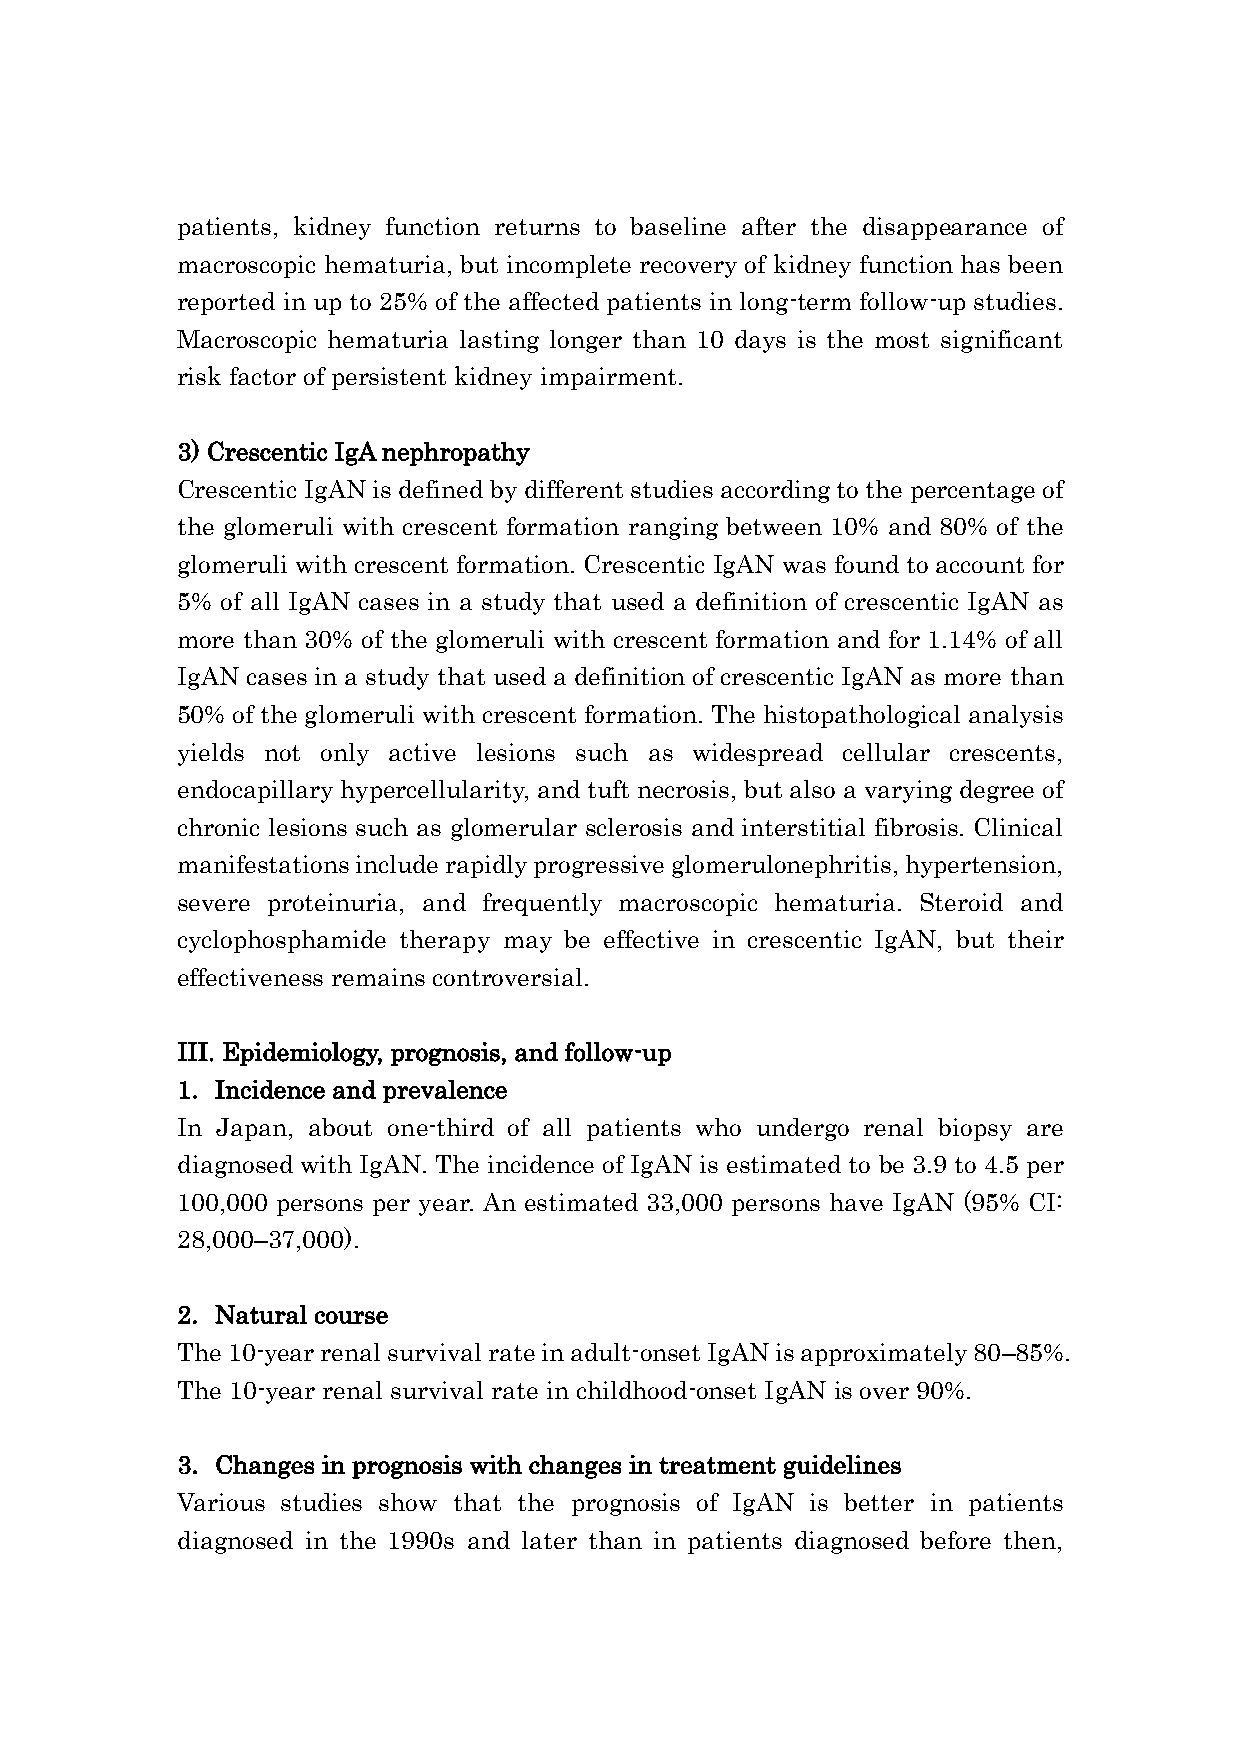
patients, kidney function returns to baseline after the disappearance of
 macroscopic hematuria, but incomplete recovery of kidney function has been
 reported in up to 25% of the affected patients in long-term follow-up studies.
 Macroscopic hematuria lasting longer than 10 days is the most significant
 risk factor of persistent kidney impairment.
 3) Crescentic IgA nephropathy
 Crescentic IgAN is defined by different studies according to the percentage of
 the glomeruli with crescent formation ranging between 10% and 80% of the
 glomeruli with crescent formation. Crescentic IgAN was found to account for
 5% of all IgAN cases in a study that used a definition of crescentic IgAN as
 more than 30% of the glomeruli with crescent formation and for 1.14% of all
 IgAN cases in a study that used a definition of crescentic IgAN as more than
 50% of the glomeruli with crescent formation. The histopathological analysis
 yields not only active lesions such as widespread cellular crescents,
 endocapillary hypercellularity, and tuft necrosis, but also a varying degree of
 chronic lesions such as glomerular sclerosis and interstitial fibrosis. Clinical
 manifestations include rapidly progressive glomerulonephritis, hypertension,
 severe proteinuria, and frequently macroscopic hematuria. Steroid and
 cyclophosphamide therapy may be effective in crescentic IgAN, but their
 effectiveness remains controversial.
 III. Epidemiology, prognosis, and follow-up
 1. Incidence and prevalence
 In Japan, about one-third of all patients who undergo renal biopsy are
 diagnosed with IgAN. The incidence of IgAN is estimated to be 3.9 to 4.5 per
 100,000 persons per year. An estimated 33,000 persons have IgAN (95% CI:
 28,000–37,000).
 2. Natural course
 The 10-year renal survival rate in adult-onset IgAN is approximately 80–85%.
 The 10-year renal survival rate in childhood-onset IgAN is over 90%.
 3. Changes in prognosis with changes in treatment guidelines
 Various studies show that the prognosis of IgAN is better in patients
 diagnosed in the 1990s and later than in patients diagnosed before then,